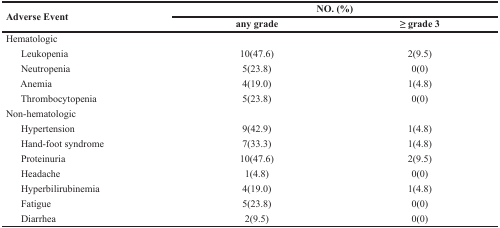
<table><thead><tr><td rowspan="2"><b>Adverse Event</b></td><td colspan="2"><b>NO. (%)</b></td></tr><tr><td><b>any grade</b></td><td><b>≥ grade 3</b></td></tr></thead><tbody><tr><td>Hematologic</td><td></td><td></td></tr><tr><td> Leukopenia</td><td>10(47.6)</td><td>2(9.5)</td></tr><tr><td> Neutropenia</td><td>5(23.8)</td><td>0(0)</td></tr><tr><td> Anemia</td><td>4(19.0)</td><td>1(4.8)</td></tr><tr><td> Thrombocytopenia</td><td>5(23.8)</td><td>0(0)</td></tr><tr><td>Non-hematologic</td><td></td><td></td></tr><tr><td> Hypertension</td><td>9(42.9)</td><td>1(4.8)</td></tr><tr><td> Hand-foot syndrome</td><td>7(33.3)</td><td>1(4.8)</td></tr><tr><td> Proteinuria</td><td>10(47.6)</td><td>2(9.5)</td></tr><tr><td> Headache</td><td>1(4.8)</td><td>0(0)</td></tr><tr><td> Hyperbilirubinemia</td><td>4(19.0)</td><td>1(4.8)</td></tr><tr><td> Fatigue</td><td>5(23.8)</td><td>0(0)</td></tr><tr><td> Diarrhea</td><td>2(9.5)</td><td>0(0)</td></tr></tbody></table>